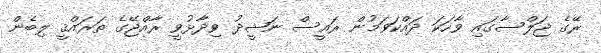
ރޭގެ ޖަލްސާގައި ވާހަކަ ދައްކަވަމުން ރައީސް ނަޝީދު ވިދާޅުވީ ރާއްޖޭގެ ތަރައްޤީ ލިބެން